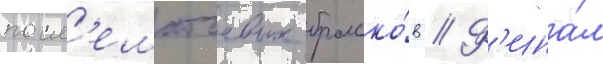
посл'ематчевых броско́в // Ф'ина́л